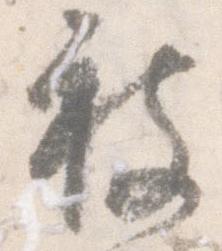
被